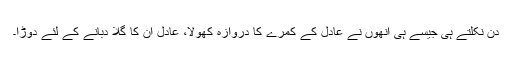
دِن نکلتے ہی جیسے ہی اُنھوں نے عادل کے کمرے کا دروازہ کھولا، عادل اُن کا گلا دبانے کے لئے دوڑا۔